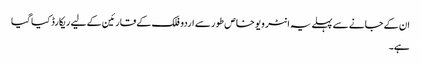
ان کے جانے سے پہلے یہ انٹر ویو خاص طور سے اردو فلک کے قارئین کے لیے ریکارڈ کیا گیا
ہے۔